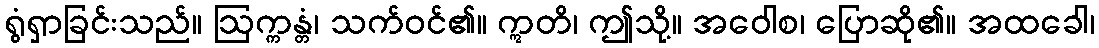
ရွံရှာခြင်းသည်။ ဩက္ကန္တံ၊ သက်ဝင်၏။ ဣတိ၊ ဤသို့။ အဝေါစ၊ ပြောဆို၏။ အထခေါ၊